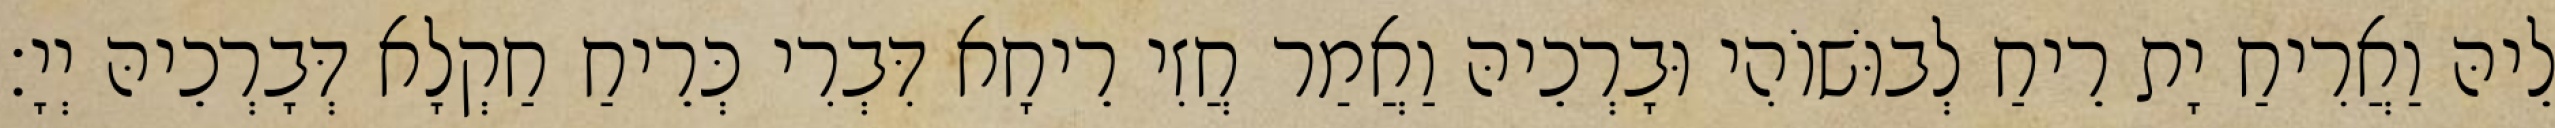
לֵיהּ וַאֲרִיחַ יָת רֵיחַ לְבוּשׁוֹהִי וּבָרְכֵיהּ וַאֲמַר חֲזִי רֵיחָא דִּבְרִי כְּרֵיחַ חַקְלָא דְּבָרְכֵיהּ יְיָ׃